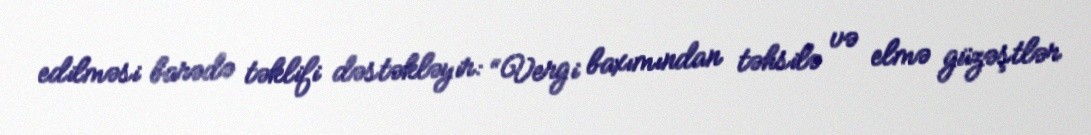
edilməsi barədə təklifi dəstəkləyir: “Vergi baxımından təhsilə və elmə güzəştlər